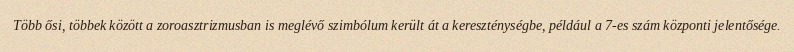
Több ősi, többek között a zoroasztrizmusban is meglévő szimbólum került át a kereszténységbe, például a 7-es szám központi jelentősége.